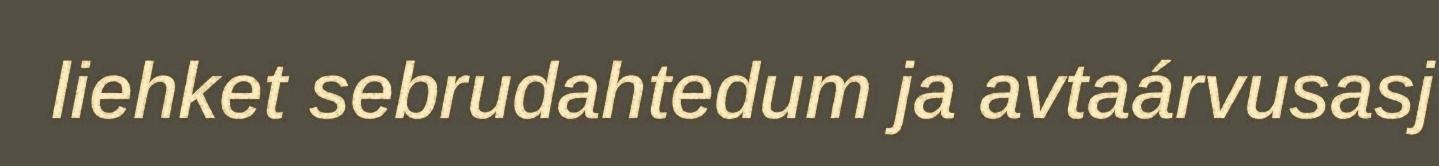
liehket sebrudahtedum ja avtaárvusasj